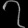
Digit: ၇